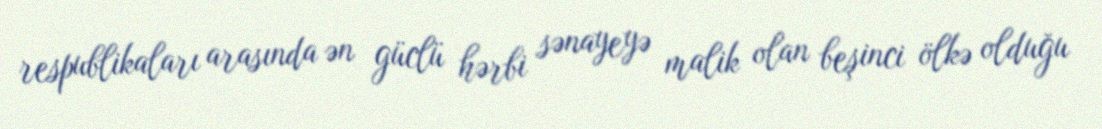
respublikaları arasında ən güclü hərbi sənayeyə malik olan beşinci ölkə olduğu